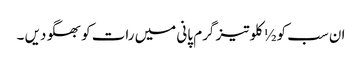
ان سب کو ½ کلو تیز گرم پانی میں رات کو بھگو دیں ۔